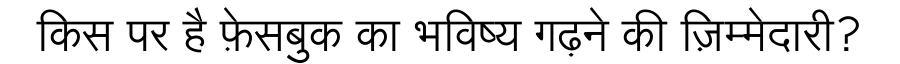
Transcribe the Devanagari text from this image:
किस पर है फ़ेसबुक का भविष्य गढ़ने की ज़िम्मेदारी?